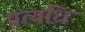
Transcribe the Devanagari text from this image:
प्रत्यधि